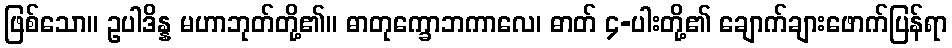
ဖြစ်သော။ ဥပါဒိန္န မဟာဘုတ်တို့၏။ ဓာတုက္ခောဘကာလေ၊ ဓာတ် ၄-ပါးတို့၏ ချောက်ချားဖောက်ပြန်ရာ